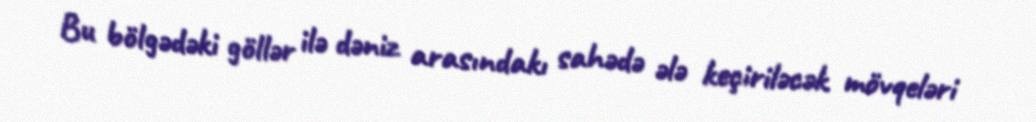
Bu bölgədəki göllər ilə dəniz arasındakı sahədə ələ keçiriləcək mövqeləri